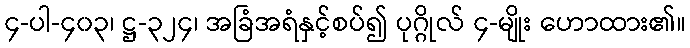
၄-ပါ-၄၀၃၊ ဋ္ဌ-၃၂၄၊ အခြံအရံနှင့်စပ်၍ ပုဂ္ဂိုလ် ၄-မျိုး ဟောထား၏။